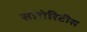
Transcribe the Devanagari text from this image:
सोरोरिटीस